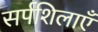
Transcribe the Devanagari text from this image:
सर्पशिलाएँ